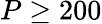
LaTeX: P\ge 200